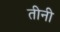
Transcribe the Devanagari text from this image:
तीनी